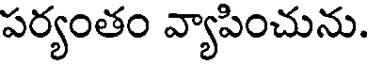
పర్యంతం వ్యాపించును.